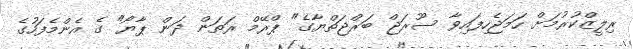
ރިލީޒްކުރުމަށް ހަމަޖެހިފައިވާ ސޫރަޖް ބަރްޖަތްޔާގެ" ޕްރޭމް ރަތަން ދަން ޕާޔޯ" ގެ އެެންމެފަހުގެ